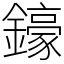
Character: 𨮙